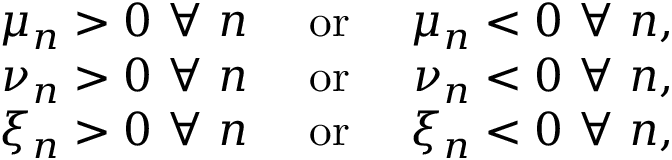
\begin{array} { r l r } { \mu _ { n } > 0 \mathrm { ~ } \forall \mathrm { ~ } n } & { \mathrm { ~ o r ~ } } & { \mu _ { n } < 0 \mathrm { ~ } \forall \mathrm { ~ } n , } \\ { \nu _ { n } > 0 \mathrm { ~ } \forall \mathrm { ~ } n } & { \mathrm { ~ o r ~ } } & { \nu _ { n } < 0 \mathrm { ~ } \forall \mathrm { ~ } n , } \\ { \xi _ { n } > 0 \mathrm { ~ } \forall \mathrm { ~ } n } & { \mathrm { ~ o r ~ } } & { \xi _ { n } < 0 \mathrm { ~ } \forall \mathrm { ~ } n , } \end{array}